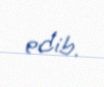
edib.